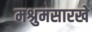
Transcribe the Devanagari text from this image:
मश्रुमसारखे